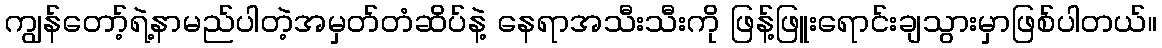
ကျွန်တော့်ရဲ့နာမည်ပါတဲ့အမှတ်တံဆိပ်နဲ့ နေရာအသီးသီးကို ဖြန့်ဖြူးရောင်းချသွားမှာဖြစ်ပါတယ်။